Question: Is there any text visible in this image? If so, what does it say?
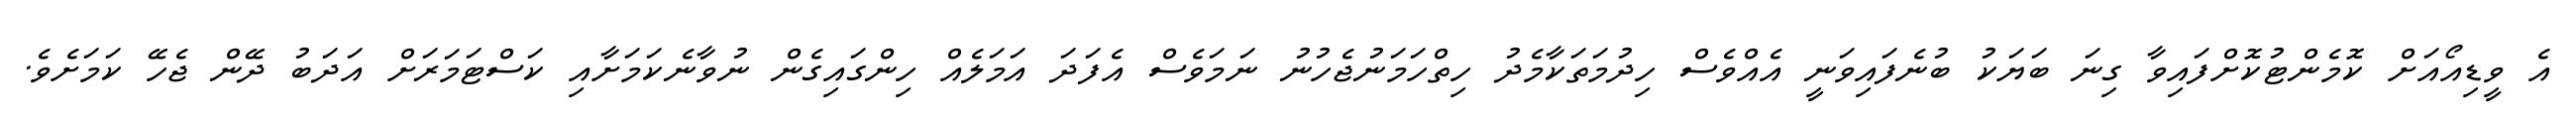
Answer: އެ ވީޑިއޯއަށް ކޮމެންޓުކޮށްފައިވާ ގިނަ ބަޔަކު ބުނެފައިވަނީ އެއްވެސް ހިދުމަތަކާމެދު ހިތްހަމަނުޖެހުނު ނަމަވެސް އެފަދަ އަމަލެއް ހިންގައިގެން ނުވާނެކަމަށާއި ކަސްޓަމަރަށް އަދަބު ދޭން ޖެހޭ ކަމަށެވެ.